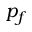
p _ { f }